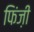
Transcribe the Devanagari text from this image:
फिंज़ी